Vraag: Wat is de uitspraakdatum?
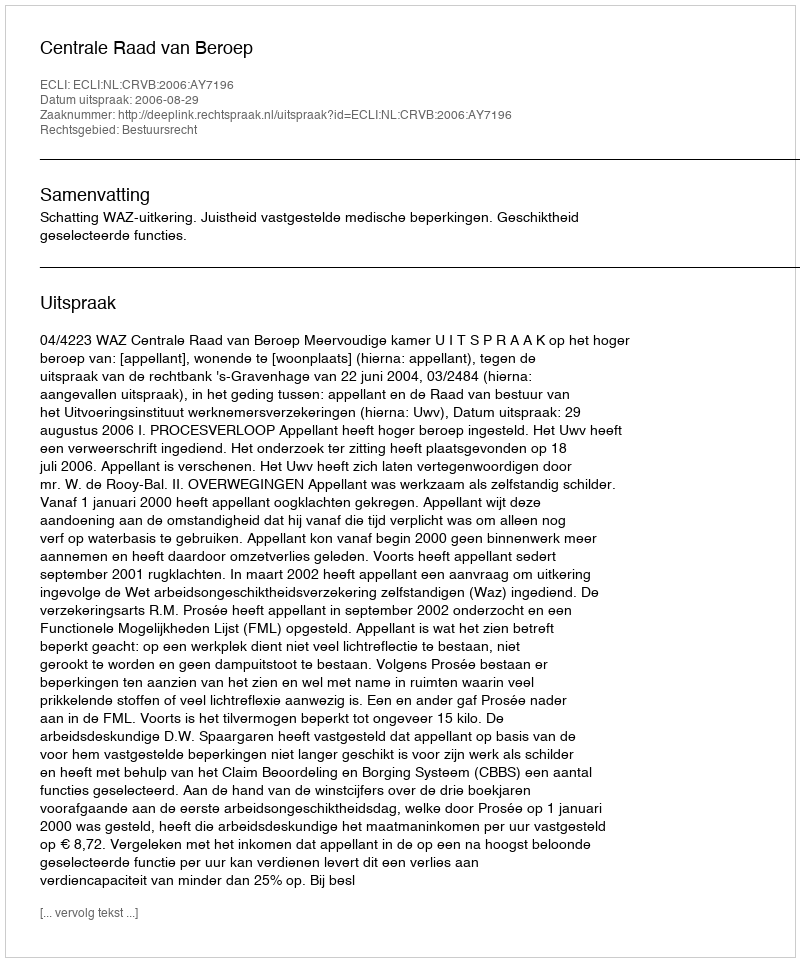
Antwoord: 2006-08-29